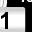
Digit: 1